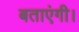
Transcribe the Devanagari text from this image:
बताएंगी।